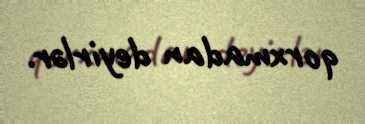
qorxmadan deyirlər.